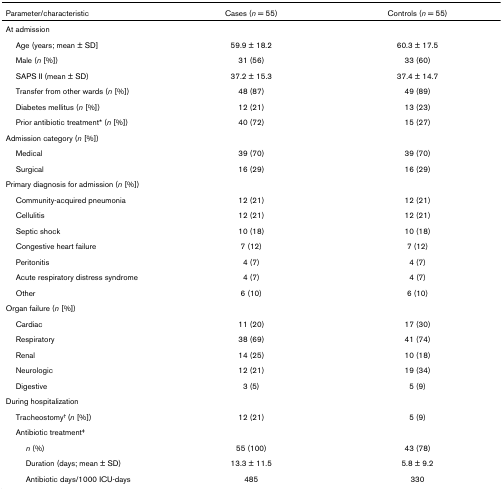
<table><thead><tr><td><b>Parameter/characteristic</b></td><td><b>Cases (<i>n </i>= 55)</b></td><td><b>Controls (<i>n </i>= 55)</b></td></tr></thead><tbody><tr><td colspan="3">At admission</td></tr><tr><td> Age (years; mean ± SD]</td><td>59.9 ± 18.2</td><td>60.3 ± 17.5</td></tr><tr><td> Male (<i>n </i>[%])</td><td>31 (56)</td><td>33 (60)</td></tr><tr><td> SAPS II (mean ± SD)</td><td>37.2 ± 15.3</td><td>37.4 ± 14.7</td></tr><tr><td> Transfer from other wards (<i>n </i>[%])</td><td>48 (87)</td><td>49 (89)</td></tr><tr><td> Diabetes mellitus (<i>n </i>[%])</td><td>12 (21)</td><td>13 (23)</td></tr><tr><td> Prior antibiotic treatment* (<i>n </i>[%])</td><td>40 (72)</td><td>15 (27)</td></tr><tr><td colspan="3">Admission category (<i>n </i>[%])</td></tr><tr><td> Medical</td><td>39 (70)</td><td>39 (70)</td></tr><tr><td> Surgical</td><td>16 (29)</td><td>16 (29)</td></tr><tr><td colspan="3">Primary diagnosis for admission (<i>n </i>[%])</td></tr><tr><td> Community-acquired pneumonia</td><td>12 (21)</td><td>12 (21)</td></tr><tr><td> Cellulitis</td><td>12 (21)</td><td>12 (21)</td></tr><tr><td> Septic shock</td><td>10 (18)</td><td>10 (18)</td></tr><tr><td> Congestive heart failure</td><td>7 (12)</td><td>7 (12)</td></tr><tr><td> Peritonitis</td><td>4 (7)</td><td>4 (7)</td></tr><tr><td> Acute respiratory distress syndrome</td><td>4 (7)</td><td>4 (7)</td></tr><tr><td> Other</td><td>6 (10)</td><td>6 (10)</td></tr><tr><td colspan="3">Organ failure (<i>n </i>[%])</td></tr><tr><td> Cardiac</td><td>11 (20)</td><td>17 (30)</td></tr><tr><td> Respiratory</td><td>38 (69)</td><td>41 (74)</td></tr><tr><td> Renal</td><td>14 (25)</td><td>10 (18)</td></tr><tr><td> Neurologic</td><td>12 (21)</td><td>19 (34)</td></tr><tr><td> Digestive</td><td>3 (5)</td><td>5 (9)</td></tr><tr><td colspan="3">During hospitalization</td></tr><tr><td> Tracheostomy<sup>† </sup>(<i>n </i>[%])</td><td>12 (21)</td><td>5 (9)</td></tr><tr><td colspan="3"> Antibiotic treatment<sup>‡</sup></td></tr><tr><td><i>n </i>(%)</td><td>55 (100)</td><td>43 (78)</td></tr><tr><td>Duration (days; mean ± SD)</td><td>13.3 ± 11.5</td><td>5.8 ± 9.2</td></tr><tr><td>Antibiotic days/1000 ICU-days</td><td>485</td><td>330</td></tr></tbody></table>